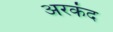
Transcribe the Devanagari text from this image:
अरकंद